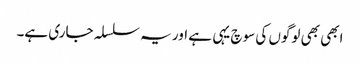
ابھی بھی لوگوں کی سوچ یہی ہے اور یہ سلسلہ جاری ہے۔